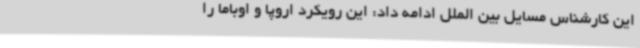
این کارشناس مسایل بین الملل ادامه داد: این رویکرد اروپا و اوباما را